Account of plague administration in the Bombay Presidency from September 1896 till May 1897
Year: 1896
Disease focus: Plague
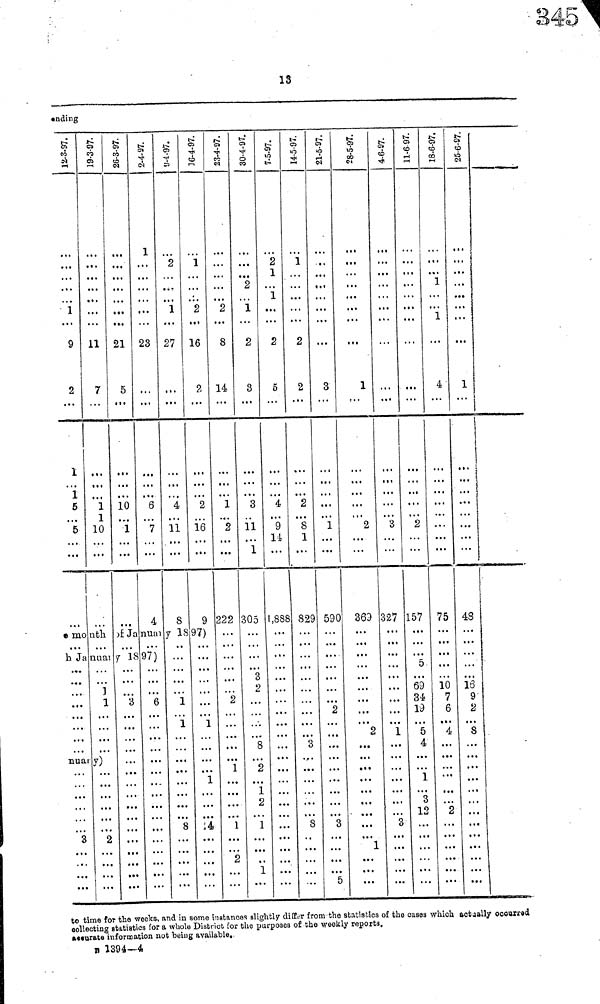
13
ending
1
9
2
1
1
5
I I ·
5
...
19-3-97.
. . .
11
7
1
1
10
26-3-97
. . .
21
5
10
1
2-4-97.
1
. . .
23
...
6
7
4
9-4-97.
2
1
27
. . .
4
11
8
16-4-97.
1
•
2
16
2
2
16
9
month of January 1987)
h Jah January 1897)
18 97)
.
.
.
1
nuar y)
3
2
3
6
1
1
8
1
1
14
23-4-97.
. . .
2
8
14
1
2
222
2
1
1
2
30-4-97.
. . .
2
1
2
3
3
11
1
305
3
2
8
2
1
2
1
1
7-5-97.
2
1
1
2
5
4
9
l4
1,888
. .
. ··
14-5-97.
1
2
2
2
8
1
829
3
S
21-5-97.
3
1
590
2
...
3
5
28-5-97
1
2
369
. · ·
2
···
···
1
4-6-97.
...
3
327
t « »
1
• K
3
11-6-97.
. ..
2
157
5
69
34
19
5
4
1
3
12
...
18-6-97.
1
1
4
.. .
75
I I I
10
7
6
4
...
...
.
2
. . .
25-6-97
. . .
. . .
...
1
...
|
!
!
. . .
. ..
48
» · ·
16
9
2
S
• · *
...
...
. . .
to time for the weeks, and in some instances sliglitty differ from the statistics of the cases which atcually occurred
collecting statistics for a whole District for the purposes of the weekly reports,
accurate information not being available,
Β 1394—4